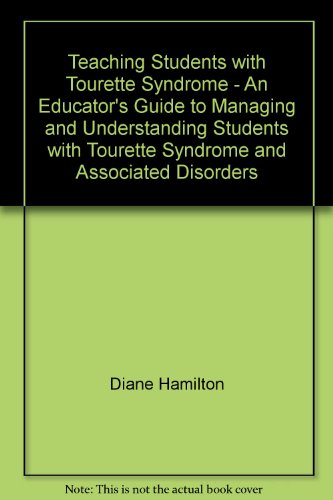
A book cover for Teaching Students with Tourette Syndrome - An Educator's Guide to Managing and Understanding Students with Tourette Syndrome and Associated Disorders; Diane Hamilton; Health, Fitness & Dieting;